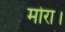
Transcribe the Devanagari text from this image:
मोरा।